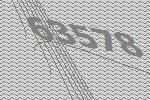
63578